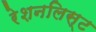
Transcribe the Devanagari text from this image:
रेशनलिस्ट